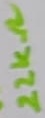
Text: 22KΩ